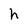
Character: h